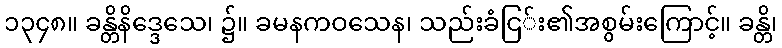
၁၃၄၈။ ခန္တိနိဒ္ဒေသေ၊ ၌။ ခမနကဝသေန၊ သည်းခံငြ်း၏အစွမ်းကြောင့်။ ခန္တိ၊